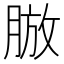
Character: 𦜍